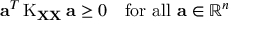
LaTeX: \mathbf { a } ^ { T } \operatorname { K } _ { \mathbf { X } \mathbf { X } } \mathbf { a } \geq 0 \quad { \mathrm { f o r ~ a l l ~ } } \mathbf { a } \in \mathbb { R } ^ { n }